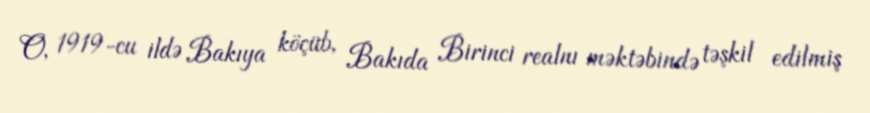
O, 1919-cu ildə Bakıya köçüb, Bakıda Birinci realnı məktəbində təşkil edilmiş